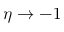
\eta \to - 1